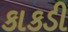
કાકડી